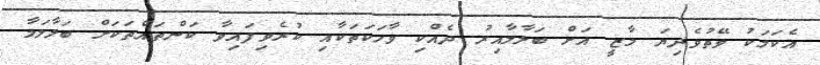
އެކަމަކު ވޭތުވެދިޔަ މާޒީ އަށް ބަލާލާއިރު ދެއްކި ވާހަކަތަކާއި ކުރެވިފައިވާ ކަަންތައްތަކަށް ބަލާލަމާ